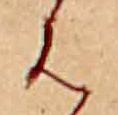
は